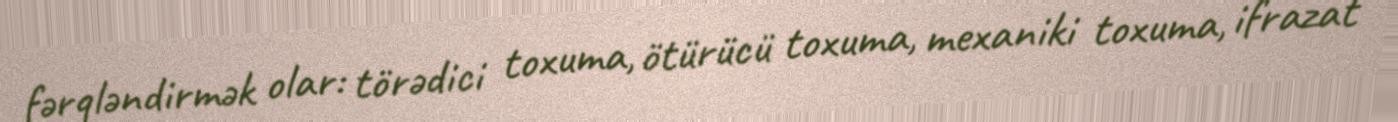
fərqləndirmək olar: törədici toxuma, ötürücü toxuma, mexaniki toxuma, ifrazat